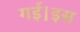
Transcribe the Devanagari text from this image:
गई।इस